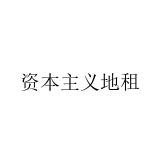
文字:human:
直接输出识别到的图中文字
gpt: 资本主义地租